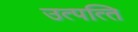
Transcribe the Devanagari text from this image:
उत्‍पत्‍ति